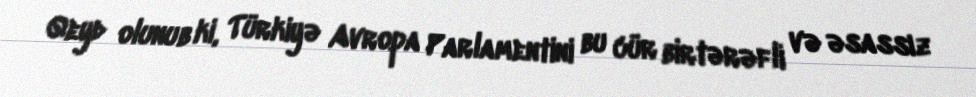
Qeyd olunub ki, Türkiyə Avropa Parlamentini bu cür birtərəfli və əsassız